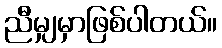
ညီမျှမှာဖြစ်ပါတယ်။